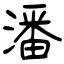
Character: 潘